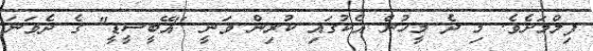
ފިލްމަށެވެ. މި ދެ މީހުން އެކުގައި ކުރިން ވަނީ "އޭބީސީޑީ" ގެ ދެވަނަ